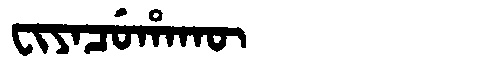
Manchu: ᠸᡳᠶᠠᠴᡠᡥᠠᡴᡡ
Romanization: FIYACUHAKŪ